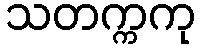
သတက္ကကု